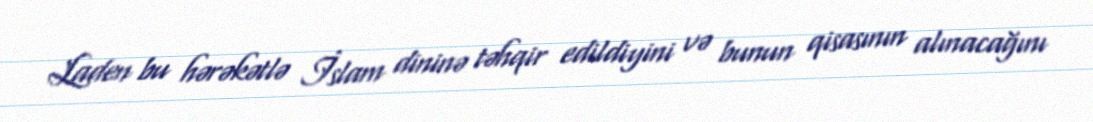
Laden bu hərəkətlə İslam dininə təhqir edildiyini və bunun qisasının alınacağını